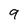
Character: 9